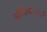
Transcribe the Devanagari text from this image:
अधिकाओं